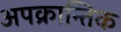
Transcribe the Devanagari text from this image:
अपक्रान्तिक